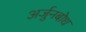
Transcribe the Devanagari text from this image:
अर्जुनबोध